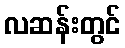
လဆန်းတွင်